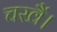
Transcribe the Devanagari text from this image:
चखैं।